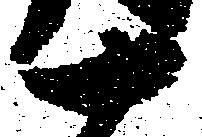
十